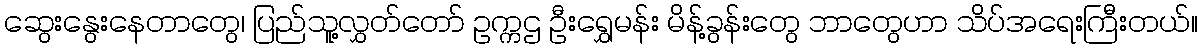
ဆွေးနွေးနေတာတွေ၊ ပြည်သူ့လွှတ်တော် ဥက္ကဌ ဦးရွှေမန်း မိန့်ခွန်းတွေ ဘာတွေဟာ သိပ်အရေးကြီးတယ်။